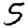
Digit: 5